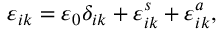
\varepsilon _ { i k } = \varepsilon _ { 0 } \delta _ { i k } + \varepsilon _ { i k } ^ { s } + \varepsilon _ { i k } ^ { a } ,